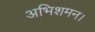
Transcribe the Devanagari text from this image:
अभिशमन।